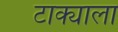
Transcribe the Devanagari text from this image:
टाक्याला